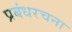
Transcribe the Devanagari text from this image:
प्रबंधरचना